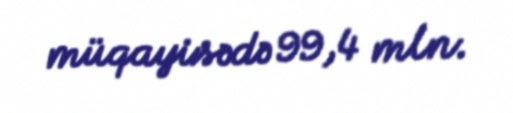
müqayisədə 99,4 mln.